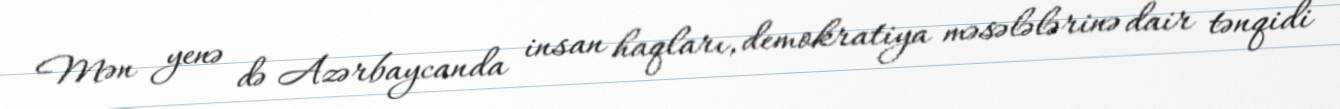
Mən yenə də Azərbaycanda insan haqları, demokratiya məsələlərinə dair tənqidi